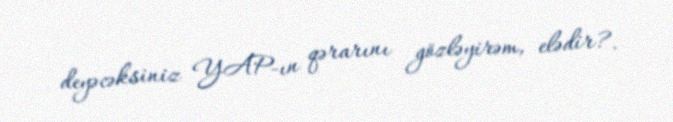
deyəcəksiniz YAP-ın qərarını gözləyirəm, elədir?.